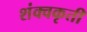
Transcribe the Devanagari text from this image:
शंक्वकृती